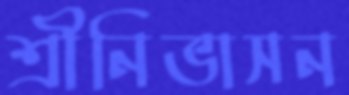
শ্রীনিভাসন